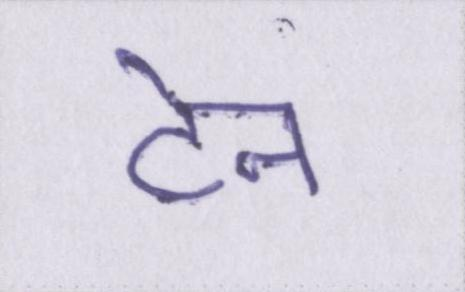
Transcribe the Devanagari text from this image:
टेन